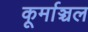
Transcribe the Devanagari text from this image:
कूर्माञ्चल